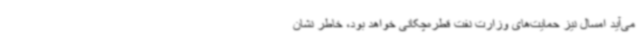
می‌آید امسال نیز حمایت‌های وزارت نفت قطره‌چکانی خواهد بود، خاطر نشان